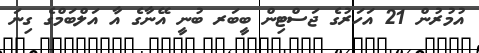
އުމުރުން 21 އަހަރުގެ ޖަސްޓިން ބީބަރ ބުނީ އޭނާގެ އާ އަލްބަމްގެ ގިނަ